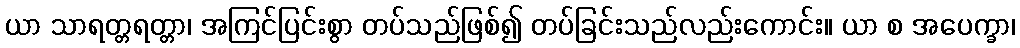
ယာ သာရတ္တရတ္တာ၊ အကြင်ပြင်းစွာ တပ်သည်ဖြစ်၍ တပ်ခြင်းသည်လည်းကောင်း။ ယာ စ အပေက္ခာ၊